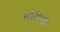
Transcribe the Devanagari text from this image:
बोनैनो